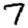
Digit: 7